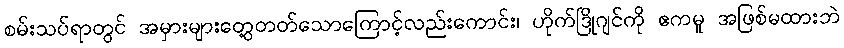
စမ်းသပ်ရာတွင် အမှားများတွေ့တတ်သောကြောင့်လည်းကောင်း၊ ဟိုက်ဒြိုဂျင်ကို ဧကမူ အဖြစ်မထားဘဲ